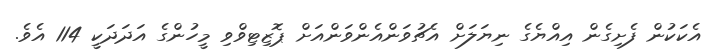
އެކަކުން ފެށިގެން އިއްޔެެގެ ނިޔަލަށް އެޗުވަންއެންވަންއަށް ޕޮޒިޓިވްވި މީހުންގެ އަދަދަކީ 114 އެވެ.